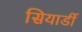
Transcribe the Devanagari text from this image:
सियार्डी